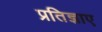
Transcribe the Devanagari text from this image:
प्रतिज्ञाए